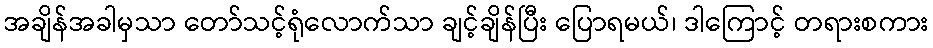
အချိန်အခါမှသာ တော်သင့်ရုံလောက်သာ ချင့်ချိန်ပြီး ပြောရမယ်၊ ဒါကြောင့် တရားစကား